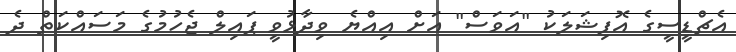
އެޗްޑީސީގެ އޮފިޝަލަކު "އަވަސް" އަށް އިއްޔެ ވިދާޅުވީ ޕައިލް ޖެހުމުގެ މަސައްކަތް ދެ